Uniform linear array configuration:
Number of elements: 32
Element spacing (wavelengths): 0.25
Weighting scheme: uniform
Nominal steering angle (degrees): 15
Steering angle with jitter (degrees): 15.087
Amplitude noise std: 0.05
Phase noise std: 0.05

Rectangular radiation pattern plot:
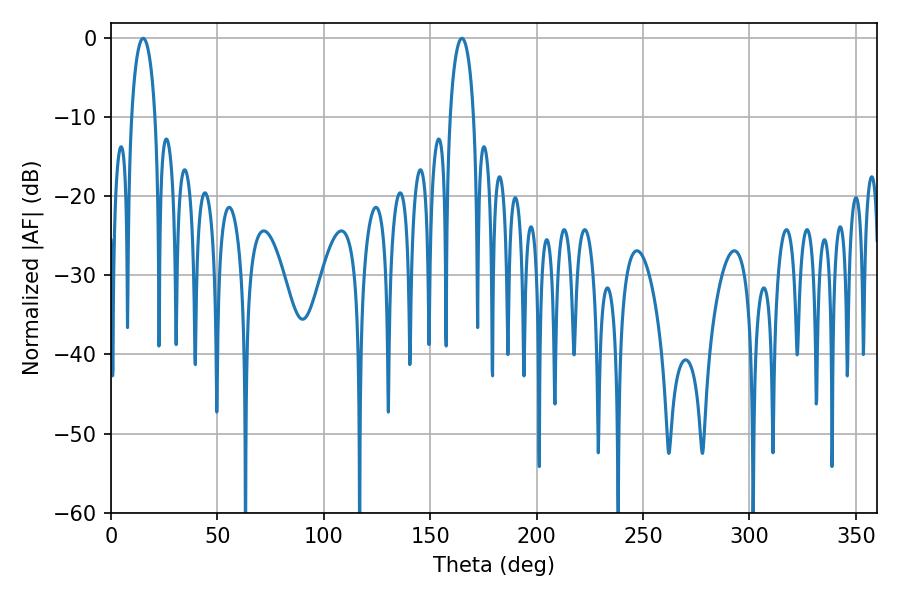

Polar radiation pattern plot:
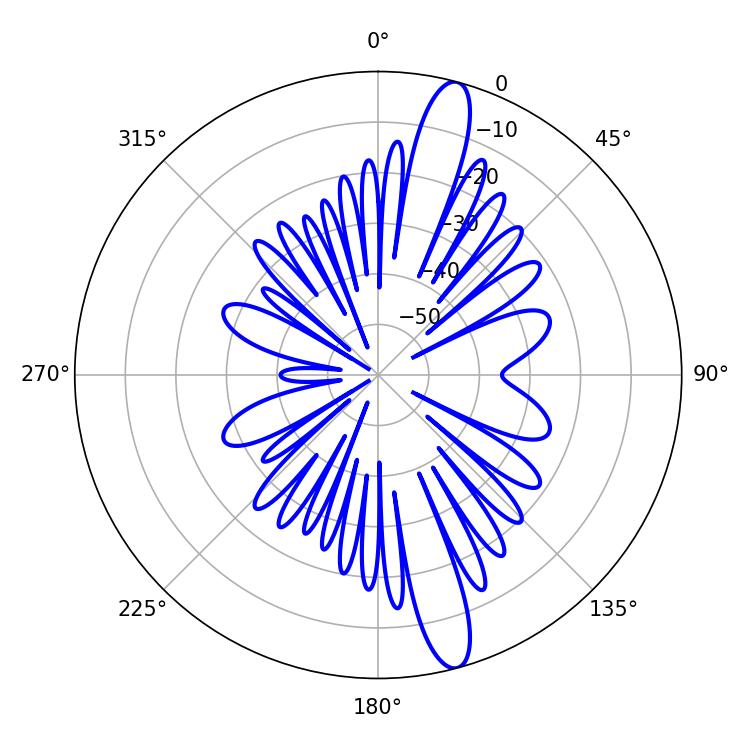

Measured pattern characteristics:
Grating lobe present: FALSE
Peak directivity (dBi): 14.657
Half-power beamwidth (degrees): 6.48
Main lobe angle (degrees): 15.12